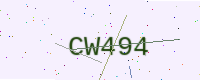
Text: CW494